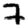
Digit: 7